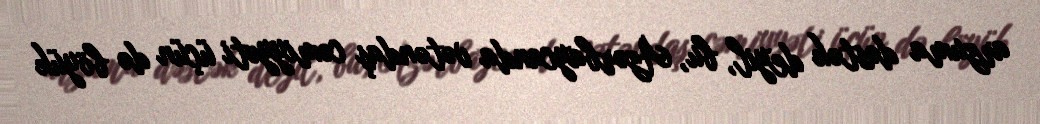
arzuma dəstək deyil, bu, Azərbaycanda vətəndaş cəmiyyəti üçün də böyük